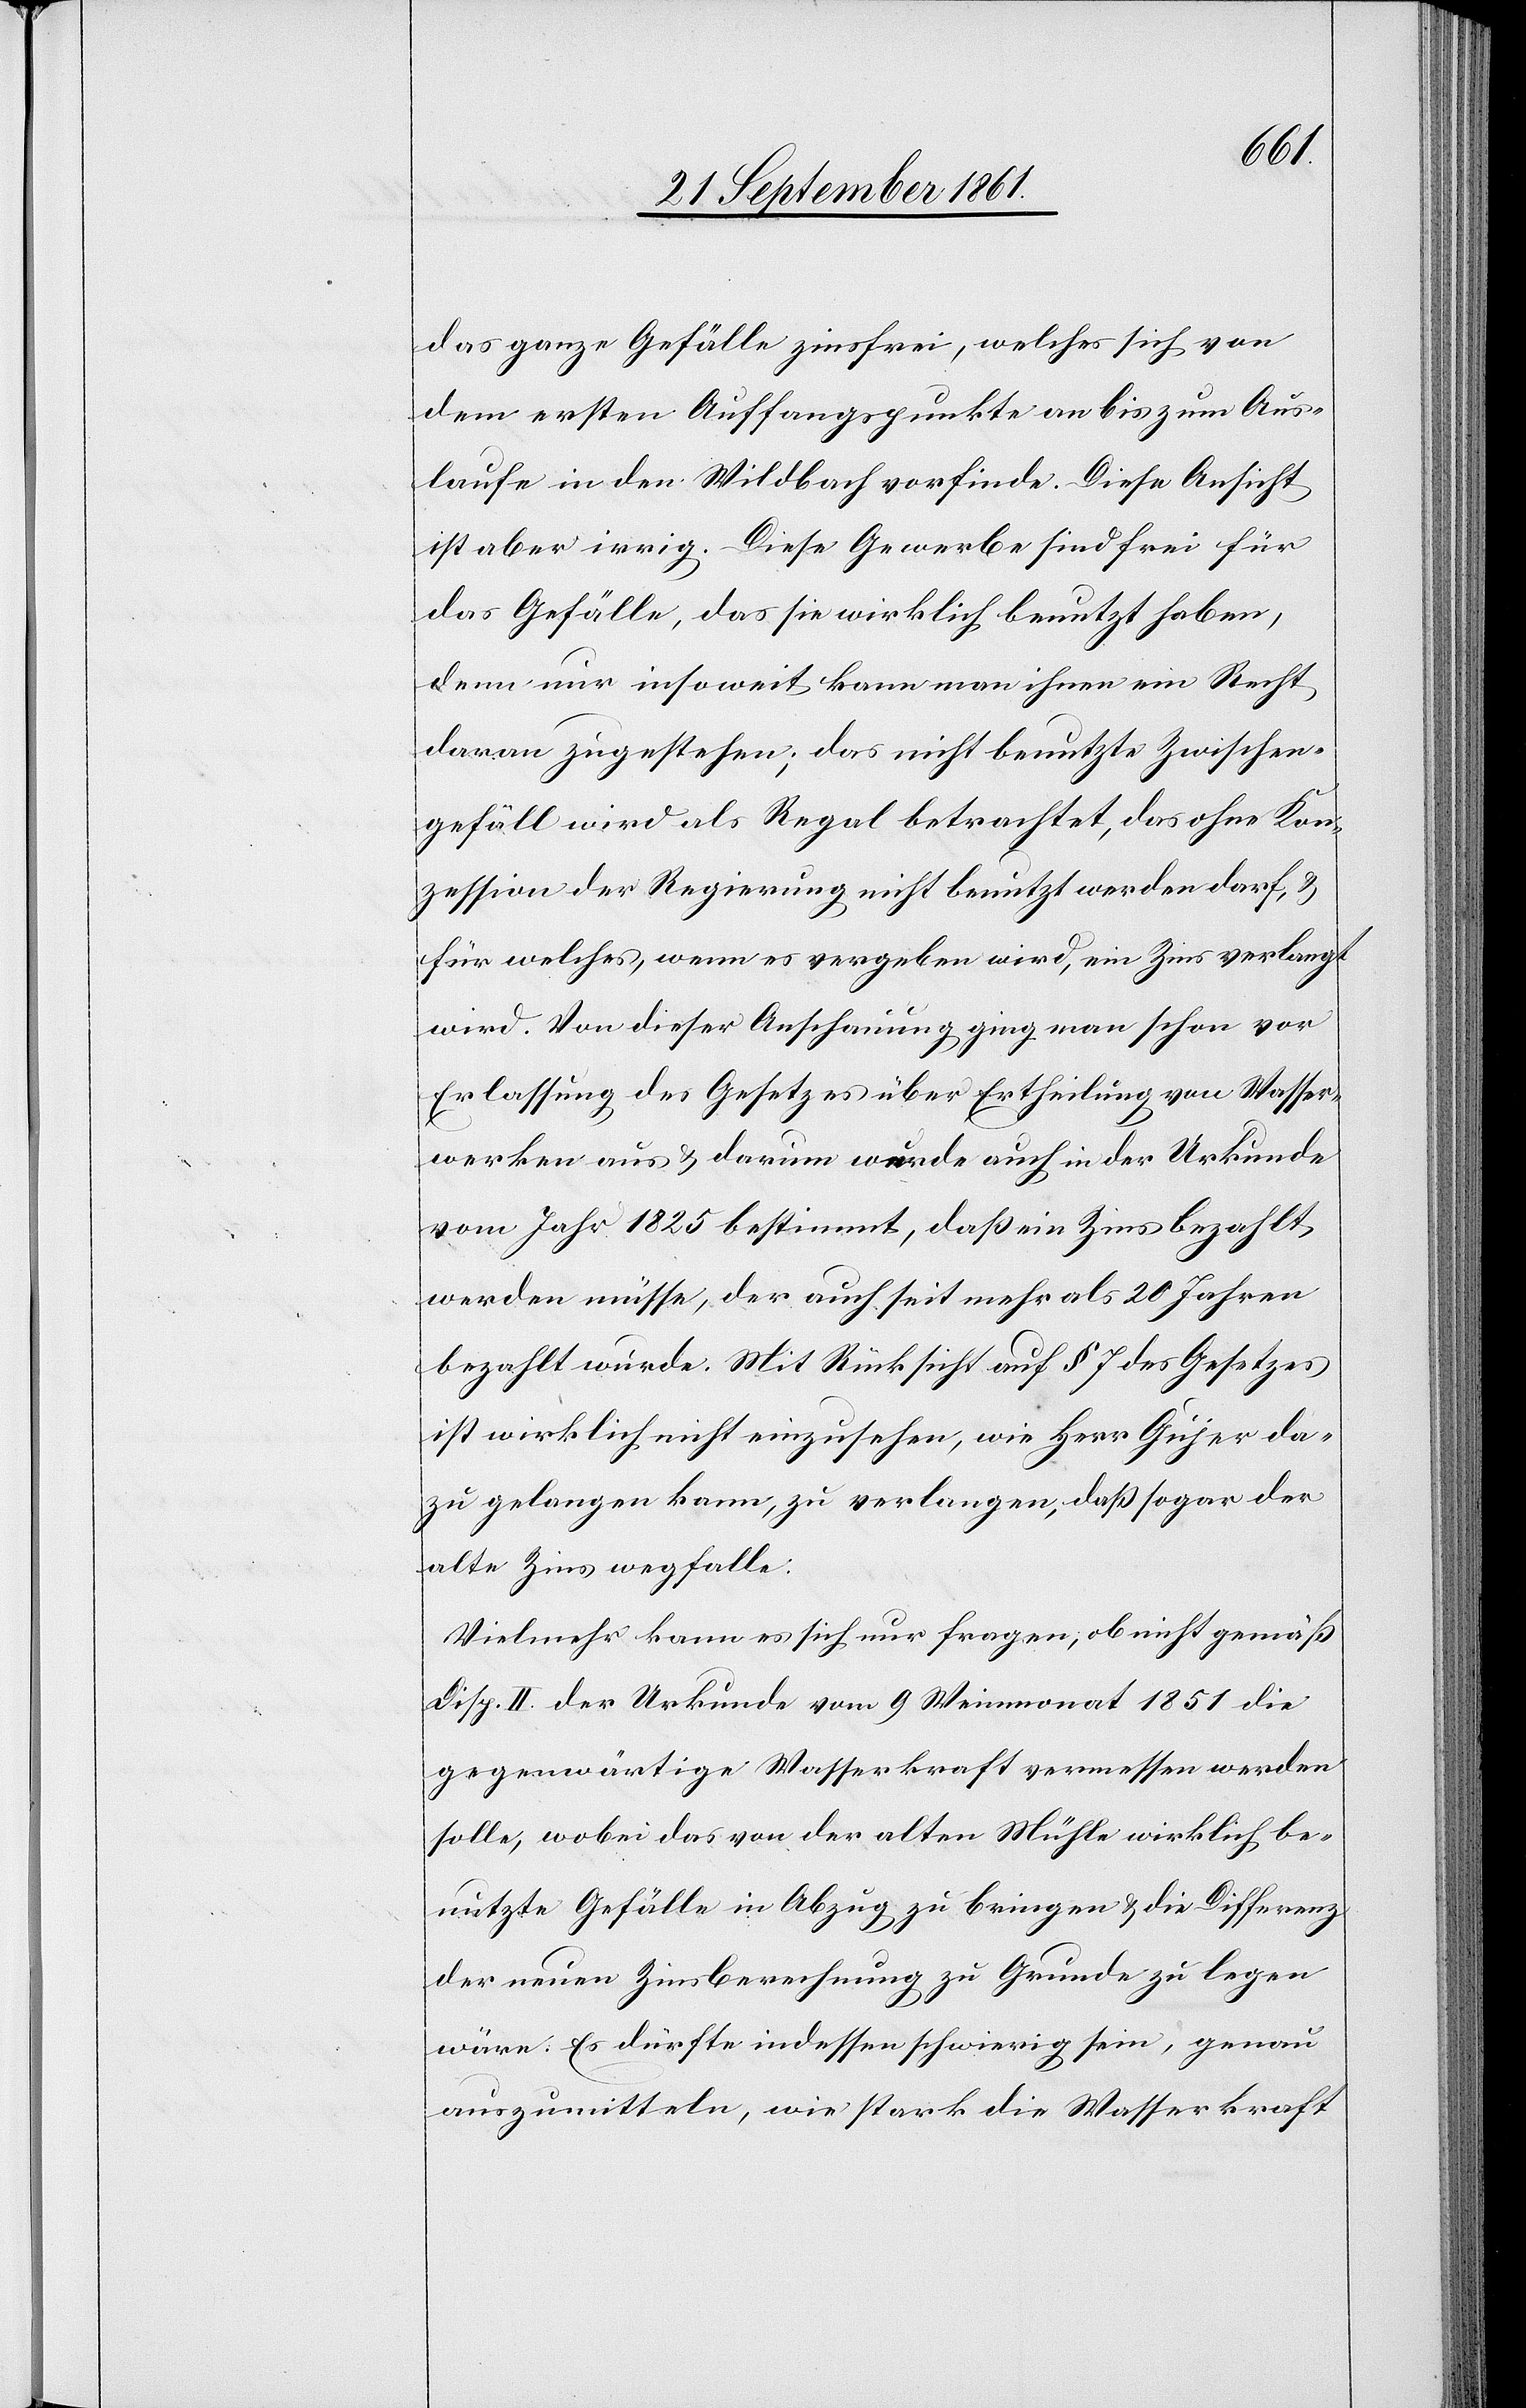
Aus¬
das ganze Gefälle zinsfrei, welches sich von
laufe in den Wildbach vorfinde. Diese Ansicht
ist aber irrig. Diese Gewerbe sind frei für
das Gefälle, das sie wirklich benutzt haben,
denn nur insoweit kann man ihnen ein Recht
daran zugestehen; das nicht benutzte Zwischen¬
gefäll wird als Regal betrachtet, das ohne Kon¬
zession der Regierung nicht benutzt werden darf, u.
für welches, wenn es vergeben wird, ein Zins verlangt
wird. Von dieser Anschauung ging man schon vor
Erlassung, des Gesetzes über Ertheilung von Wasser¬
werken aus u. darum wurde auch in der Urkunde
vom Jahr 1825 bestimmt, daß ein Zins bezahlt
werden müsse, der auch seit mehr als 20 Jahren
bezahlt wurde. Mit Rücksicht auf § 7 des Gesetzes
ist wirklich nicht einzusehen, wie Herr Gujer da¬
zu gelangen kann, zu verlangen, daß sogar der
alte Zins wegfalle:
Vielmehr kann es sich nur fragen, ob nicht gemäß
Disp. II der Urkunde vom 9 Weinmonat 1851 die
gegenwärtige Wasserkraft vermessen werden
solle, wobei das von der alten Mühle wirklich be¬
nutzte Gefälle in Abzug zu bringen u. die Differenz
der neuen Zinsberechnung zu Grunde zu legen
wäre. Es dürfte indessen schwierig sein, genau
auszumitteln, wie stark die Wasserkraft